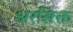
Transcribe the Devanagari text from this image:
अरसिक्त